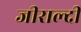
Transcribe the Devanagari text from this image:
जीराल्दी